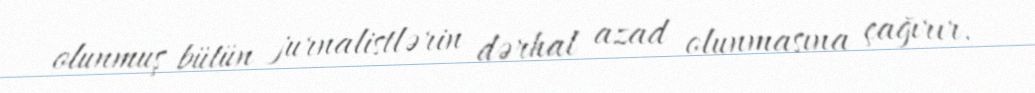
olunmuş bütün jurnalistlərin dərhal azad olunmasına çağırır.